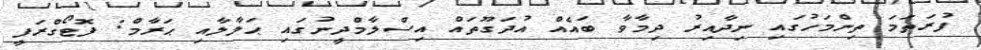
ފުރަތަމަ ތިންމަހުގައި ނިދާއިރު ދިމާވާ ބައެއް އުދަގޫތައް އިސްލާމްދީނުގައި ޙަލާލާއި ޙަރާމް: ފޮޓޯގްރަފީ